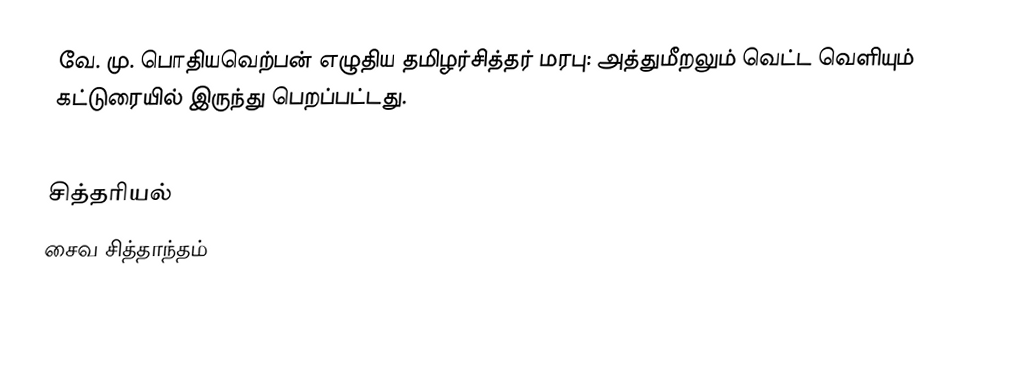
வே. மு. பொதியவெற்பன் எழுதிய தமிழர்சித்தர் மரபு: அத்துமீறலும் வெட்ட வெளியும் கட்டுரையில் இருந்து பெறப்பட்டது.

சித்தரியல்
சைவ சித்தாந்தம்